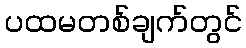
ပထမတစ်ချက်တွင်